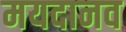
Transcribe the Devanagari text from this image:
मयदानव